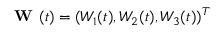
\textbf { W } ( t ) = ( W _ { 1 } ( t ) , W _ { 2 } ( t ) , W _ { 3 } ( t ) ) ^ { T }